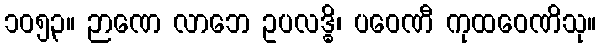
၁၀၅၃။ ဉာဏေ လာဘေ ဥပလဒ္ဓိ၊ ပဝေဏီ ကုထဝေဏိသု။